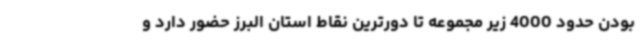
بودن حدود 4000 زیر مجموعه تا دورترین نقاط استان البرز حضور دارد و